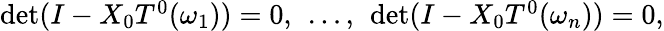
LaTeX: \begin{array}{r}{\operatorname*{det}(I-X_{0}T^{0}(\omega_{1}))=0,~\ldots,~\operatorname*{det}(I-X_{0}T^{0}(\omega_{n}))=0,}\end{array}